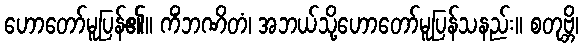
ဟောတော်မူပြန်၏။ ကိံဘဏိတံ၊ အဘယ်သို့ဟောတော်မူပြန်သနည်း။ စတုဗ္ဘိ၊